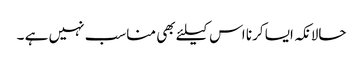
حالانکہ ایسا کرنا اس کیلئے بھی مناسب نہیں ہے ۔